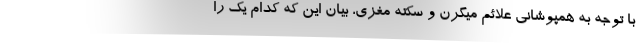
با توجه به همپوشانی علائم میگرن و سکته مغزی، بیان این که کدام یک را